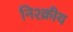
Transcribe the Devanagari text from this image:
निश्क्रीय